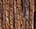
وشأنها